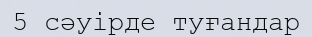
5 сәуірде туғандар